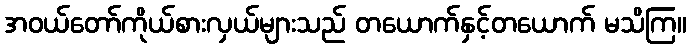
အဝယ်တော်ကိုယ်စားလှယ်များသည် တယောက်နှင့်တယောက် မသိကြ။